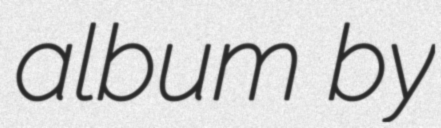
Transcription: album by